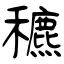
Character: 穮